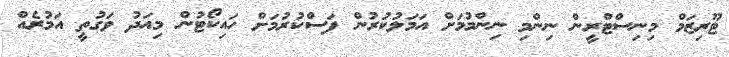
ޓޫރިޒަމް މިނިސްޓްރީން ނިންމި ނިންމުމަށް އަމަލުކުރުން ފަސްކުރުމަށް ހައިކޯޓުން މިއަދު ވަގުތީ އަމުރެއް